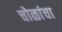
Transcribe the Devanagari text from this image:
चोळांचा